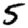
Digit: 5